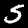
Label: 5